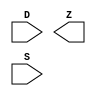
module sky130_fd_sc_hdll__muxb16to1 (
    //# {{data|Data Signals}}
    input  [15:0] D,
    output        Z,

    //# {{control|Control Signals}}
    input  [15:0] S
);

    // Voltage supply signals
    supply1 VPWR;
    supply0 VGND;
    supply1 VPB ;
    supply0 VNB ;

endmodule